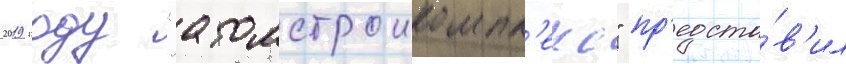
2019 году "атомстроикомпл'екс" пр'едста́в'ил